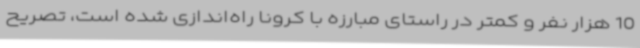
10 هزار نفر و کمتر در راستای مبارزه با کرونا راه‌اندازی شده است، تصریح